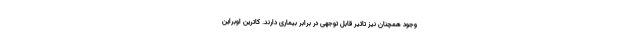
وجود همچنان نیز تاثیر قابل توجهی در برابر بیماری دارند. کاترین اوبراین